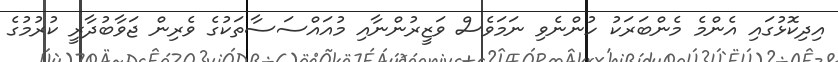
އިދިކޮޅުގައި އެންމެ މެންބަރަކު ހުންނެވި ނަމަވެސް ވަޒީރުންނާއި މުއައްސަސާތަކުގެ ވެރިން ޖަވާބުދާރީ ކުރުމުގެ